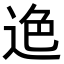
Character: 𨒶